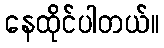
နေထိုင်ပါတယ်။